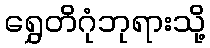
ရွှေတိဂုံဘုရားသို့